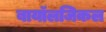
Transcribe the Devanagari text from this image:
बायॉलजिकल